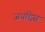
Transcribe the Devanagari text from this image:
जयद्दिस